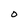
Character: 0